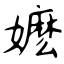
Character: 嬷